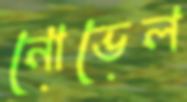
নোভেল